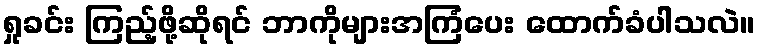
ရှုခင်း ကြည့်ဖို့ဆိုရင် ဘာကိုများအကြံပေး ထောက်ခံပါသလဲ။